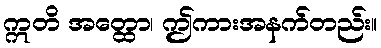
ဣတိ အတ္ထော၊ ဤကားအနက်တည်း။